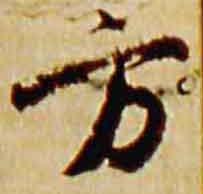
方